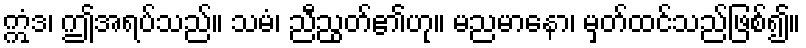
ဣံဒ၊ ဤအရပ်သည်။ သမံ၊ ညီညွတ်၏ဟု။ မညမာနော၊ မှတ်ထင်သည်ဖြစ်၍။